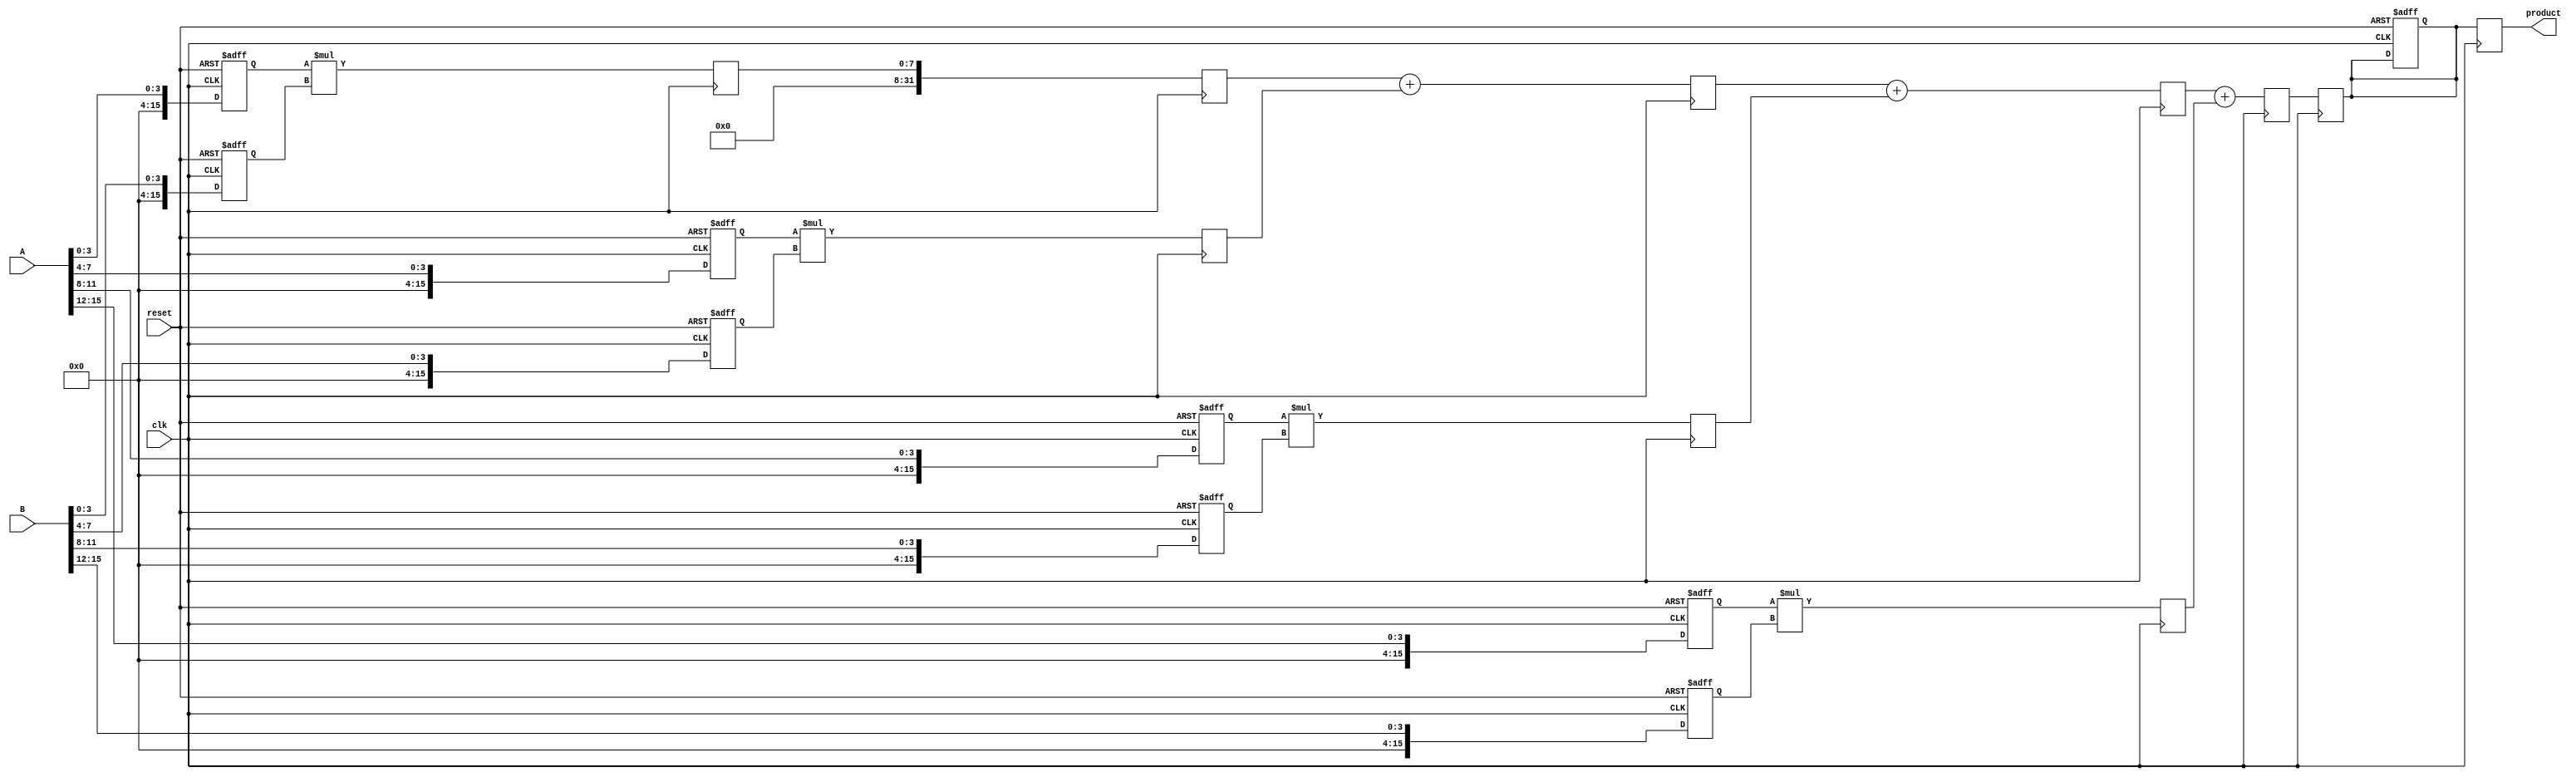
module pipelined_sliced_multiplier #(parameter BIT_WIDTH = 16, // Width of operands
                                     parameter NUM_SLICES = 4) // Number of slices
(
    input  wire clk,
    input  wire reset,
    input  wire [BIT_WIDTH-1:0] A, // Operand A
    input  wire [BIT_WIDTH-1:0] B, // Operand B
    output reg  [2*BIT_WIDTH-1:0] product // Final product
);

// Slice sizes
localparam SLICE_WIDTH = BIT_WIDTH / NUM_SLICES;

// Internal signals
reg [BIT_WIDTH-1:0] A_reg [0:NUM_SLICES-1]; // Registers for sliced A
reg [BIT_WIDTH-1:0] B_reg [0:NUM_SLICES-1]; // Registers for sliced B
reg [2*SLICE_WIDTH-1:0] partial_product [0:NUM_SLICES-1]; // Partial products
reg [2*BIT_WIDTH-1:0] accum [0:NUM_SLICES]; // Accumulator for partial products
reg [2*BIT_WIDTH-1:0] product_reg; // Register for final product

integer i;

// Input Stage (Slicing and Registering)
always @(posedge clk or posedge reset) begin
    if (reset) begin
        for (i = 0; i < NUM_SLICES; i = i + 1) begin
            A_reg[i] <= 0;
            B_reg[i] <= 0;
        end
        product_reg <= 0;
    end else begin
        for (i = 0; i < NUM_SLICES; i = i + 1) begin
            A_reg[i] <= A[(i+1)*SLICE_WIDTH-1:i*SLICE_WIDTH];
            B_reg[i] <= B[(i+1)*SLICE_WIDTH-1:i*SLICE_WIDTH];
        end
    end
end

// Partial Product Generation Stage
always @(posedge clk) begin
    for (i = 0; i < NUM_SLICES; i = i + 1) begin
        partial_product[i] <= A_reg[i] * B_reg[i];
    end
end

// Accumulation Stage
always @(posedge clk) begin
    accum[0] <= partial_product[0];
    for (i = 1; i < NUM_SLICES; i = i + 1) begin
        accum[i] <= accum[i-1] + partial_product[i];
    end
end

// Output Stage
always @(posedge clk) begin
    product_reg <= accum[NUM_SLICES-1];
end

// Final output assignment
always @(posedge clk) begin
    product <= product_reg;
end

endmodule